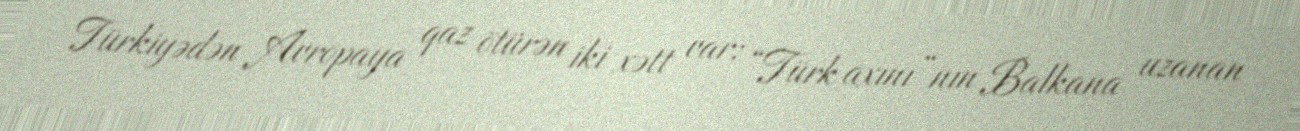
Türkiyədən Avropaya qaz ötürən iki xətt var: “Türk axını”nın Balkana uzanan